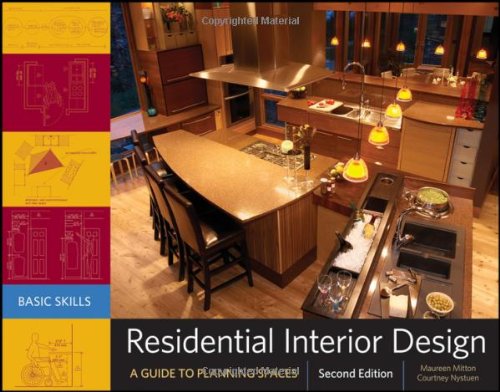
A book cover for Residential Interior Design: A Guide To Planning Spaces; Maureen Mitton; Crafts, Hobbies & Home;